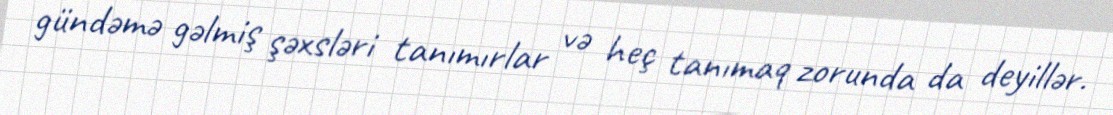
gündəmə gəlmiş şəxsləri tanımırlar və heç tanımaq zorunda da deyillər.